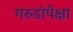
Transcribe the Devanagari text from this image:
गरुडांपेक्षा